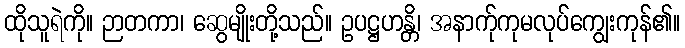
ထိုသူရဲကို။ ဉာတကာ၊ ဆွေမျိုးတို့သည်။ ဥပဋ္ဌဟန္တိ၊ အနာက်ုကုမလုပ်ကျွေးကုန်၏။